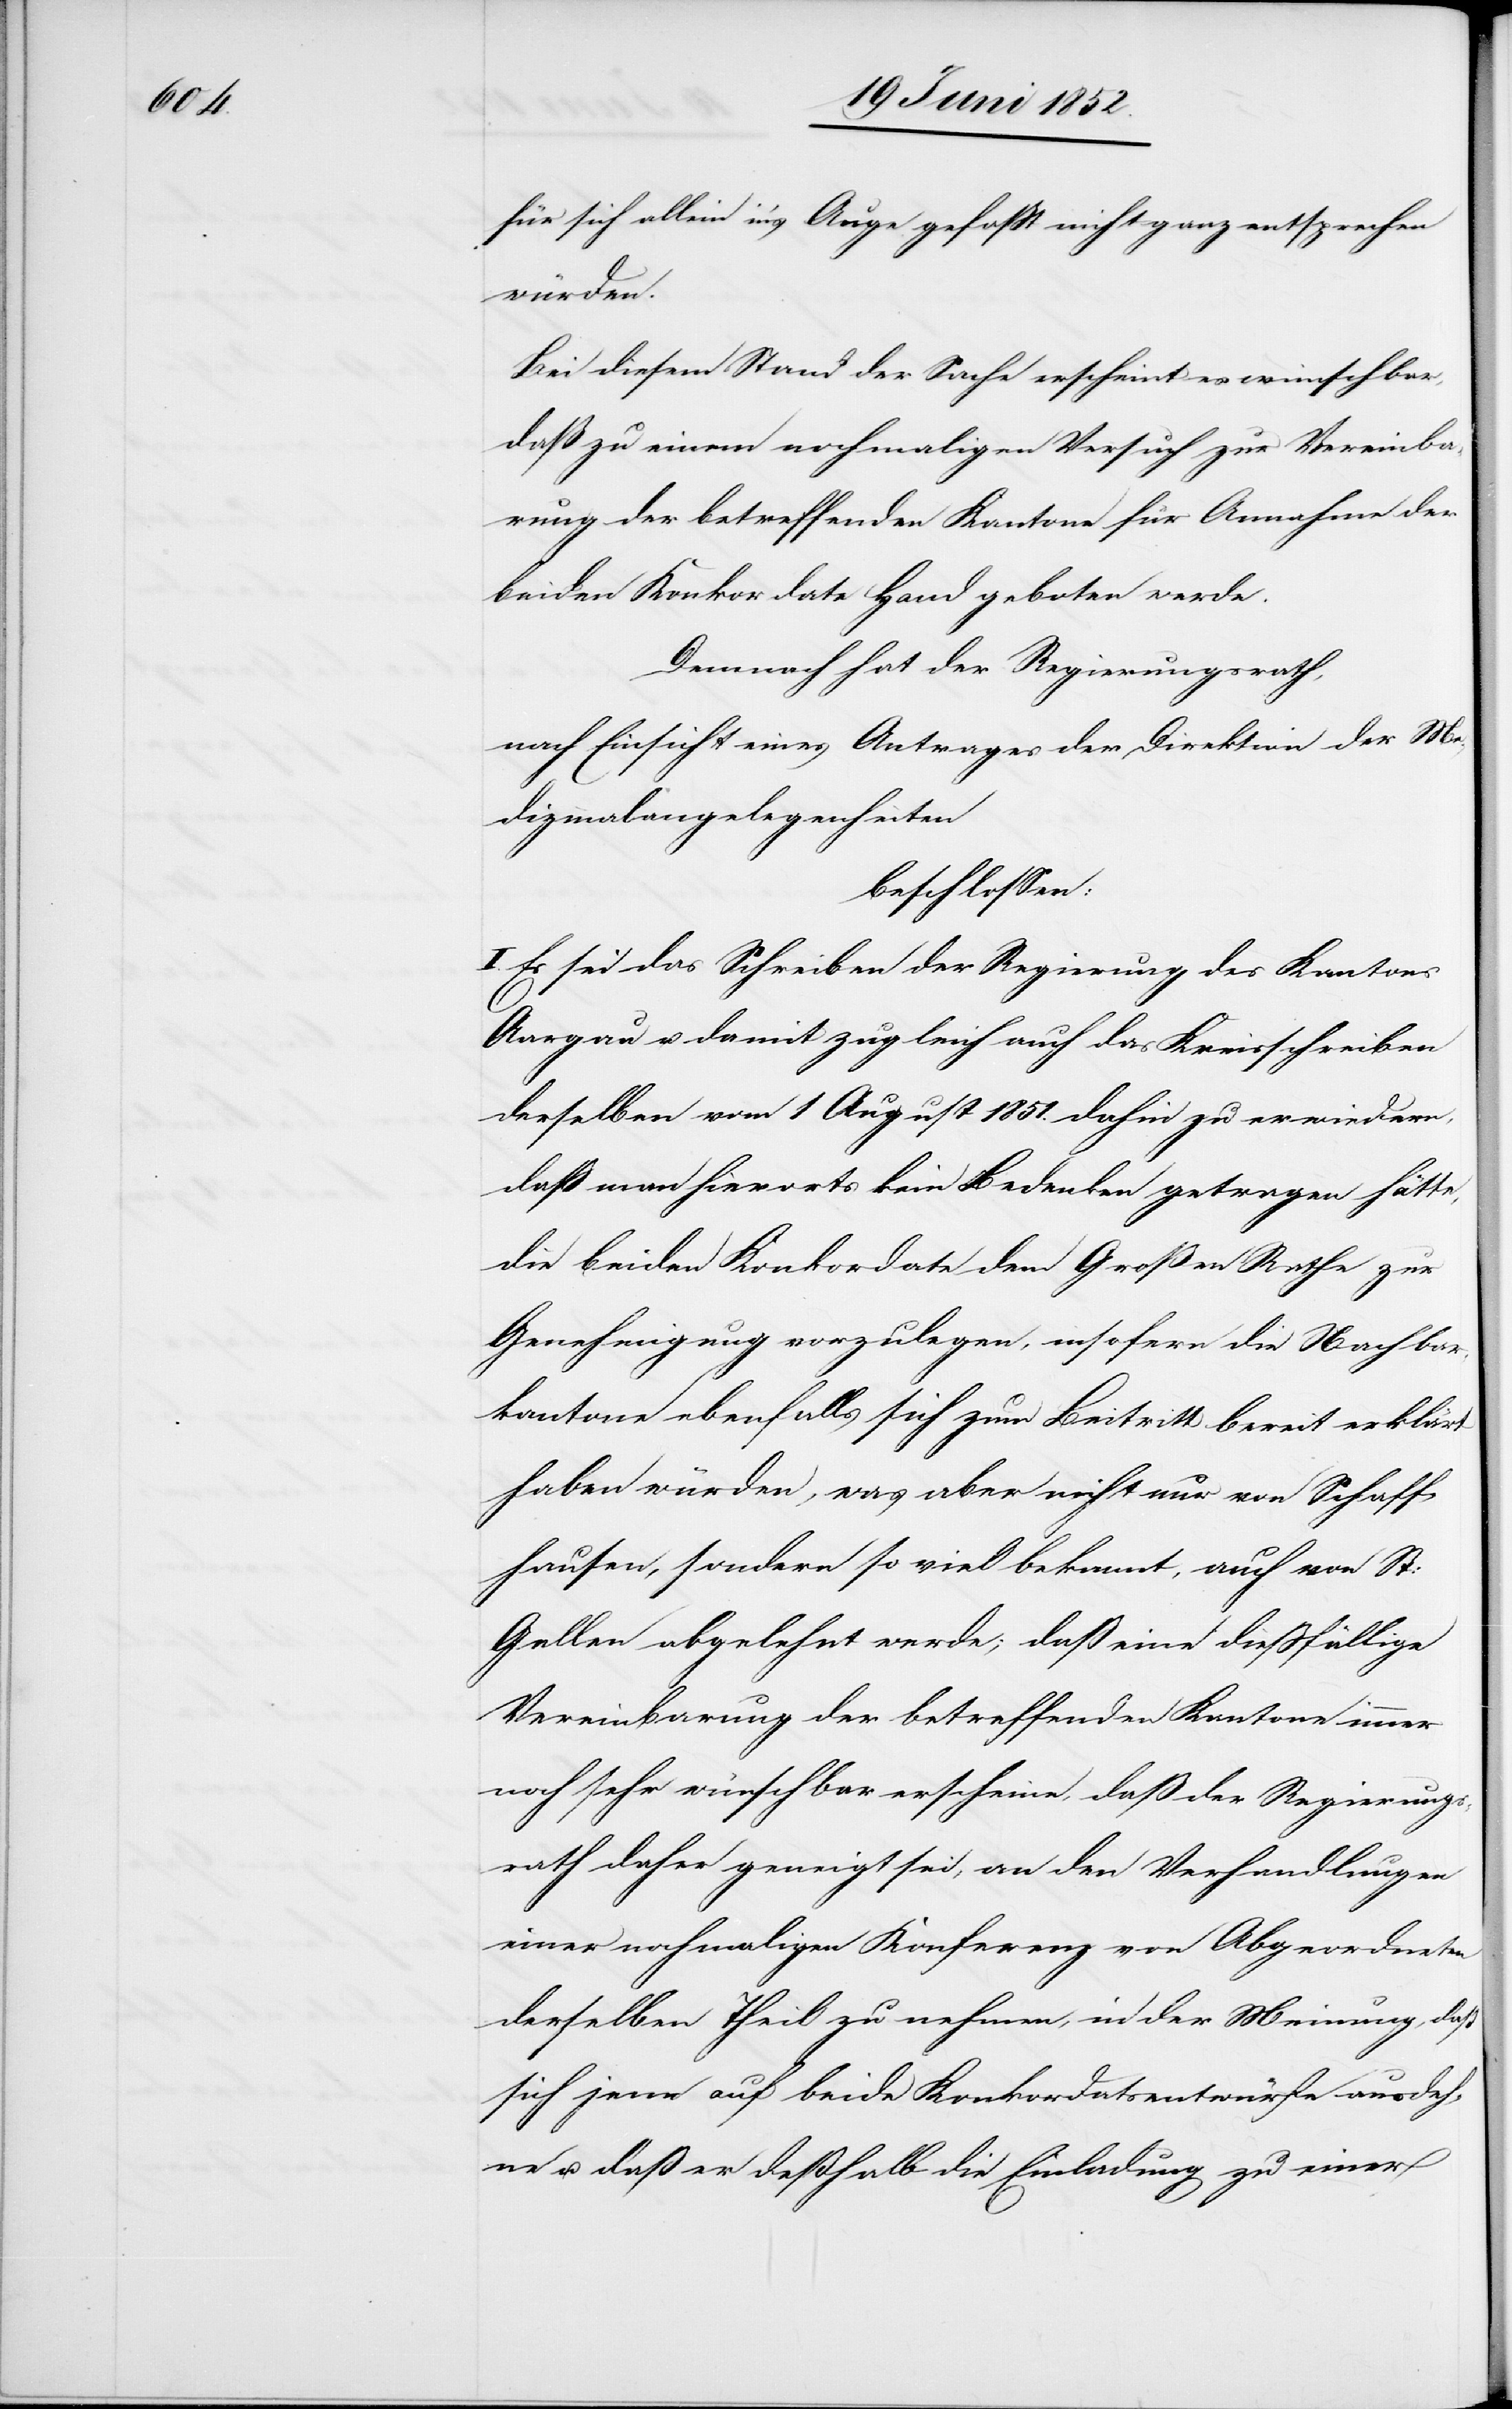
für sich allein in’s Auge gefaßt nicht ganz entsprechen
würden.
Bei diesem Stand der Sache erscheint es wünschbar,
daß zu einem nochmaligen Versuch zur Vereinba¬
rung der betreffenden Kantone für Annahme der
beiden Konkordate Hand geboten werde.
Demnach hat der Regierungsrath,
nach Einsicht eines Antrages der Direktion der Me¬
dizinalangelegenheiten
beschlossen:
Es sei das Schreiben der Regierung des Kantons
Aargau u. damit zugleich auch das Kreisschreiben
derselben vom 1 August 1851. dahin zu erwiedern,
daß man hierorts kein Bedenken getragen hätte,
die beiden Konkordate dem Großen Rathe zur
Genehmigung vorzulegen, insofern die Nachbar¬
kantone ebenfalls sich zum Beitritt bereit erklärt
haben würden, was aber nicht nur von Schaff¬
hausen, sondern so viel bekannt, auch von St:
Gallen abgelehnt werde; daß eine diessfällige
Vereinbarung der betreffenden Kantone immer
noch sehr wünschbar erscheine, daß der Regierungs¬
rath daher geneigt sei, an den Verhandlungen
einer nochmaligen Konferenz von Abgeordneten
derselben Theil zu nehmen, in der Meinung, daß
sich jene auf beide Konkordatsentwürfe ausdeh¬
ne u. daß er deßhalb die Einladung zu einer